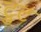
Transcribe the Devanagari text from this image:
ट्रुट